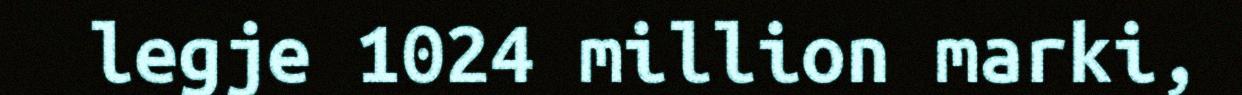
legje 1024 million marki,